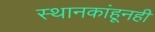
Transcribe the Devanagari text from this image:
स्थानकांहूनही